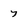
Character: 7